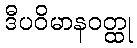
ဒီပဝိမာနဝတ္ထု